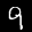
Label: 9